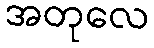
အတုလေ